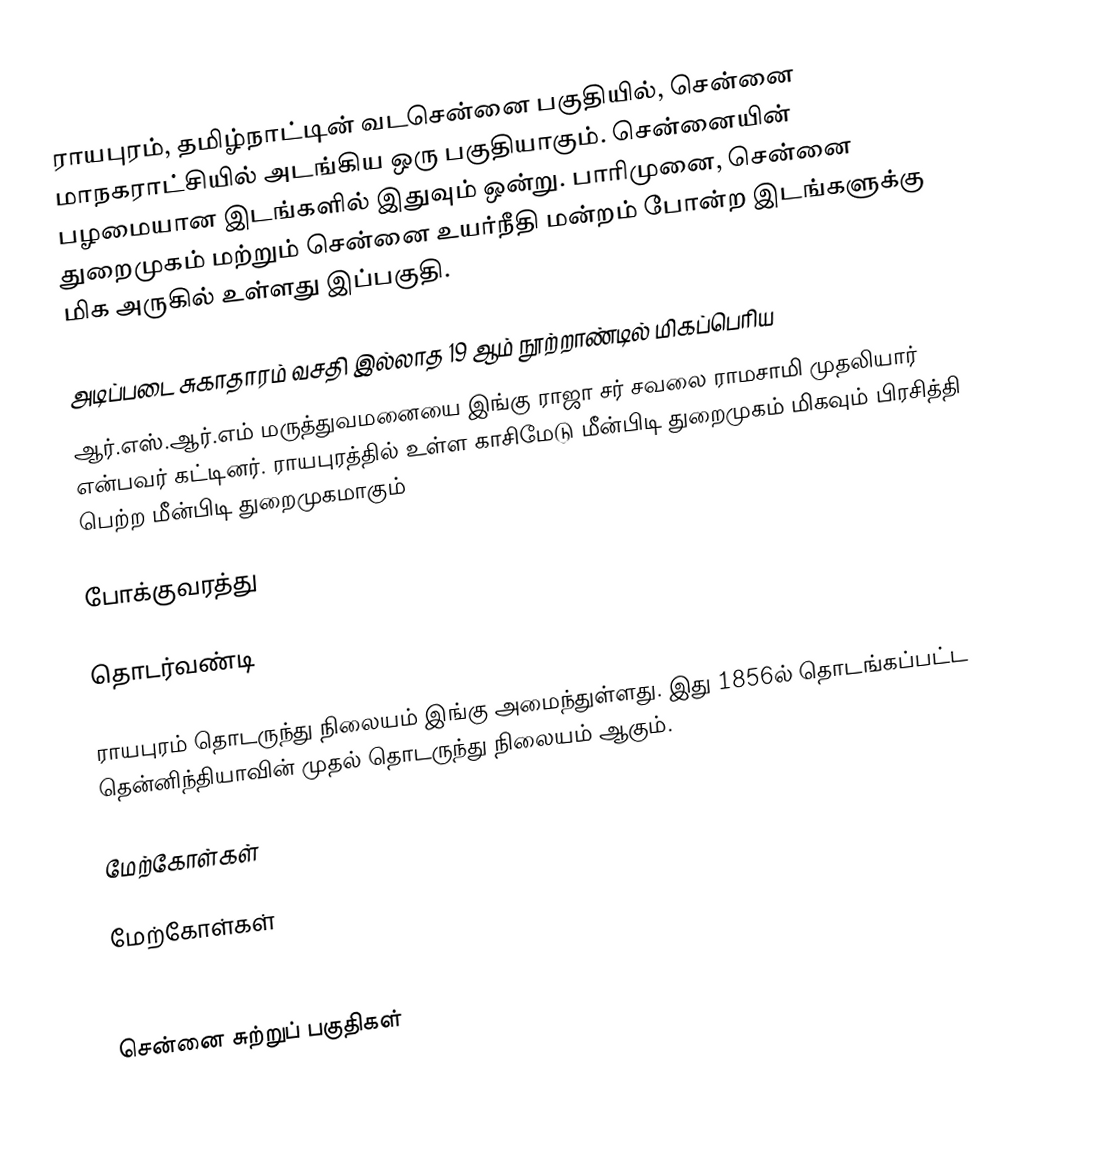
ராயபுரம்,  தமிழ்நாட்டின் வடசென்னை பகுதியில், சென்னை  மாநகராட்சியில் அடங்கிய ஒரு பகுதியாகும். சென்னையின் பழமையான இடங்களில் இதுவும் ஒன்று.  பாரிமுனை, சென்னை துறைமுகம் மற்றும் சென்னை உயர்நீதி மன்றம் போன்ற இடங்களுக்கு மிக அருகில் உள்ளது  இப்பகுதி. 

அடிப்படை சுகாதாரம் வசதி இல்லாத 19 ஆம் நூற்றாண்டில் மிகப்பெரிய
ஆர்.எஸ்.ஆர்.எம் மருத்துவமனையை இங்கு ராஜா சர் சவலை ராமசாமி முதலியார் என்பவர் கட்டினர். ராயபுரத்தில் உள்ள காசிமேடு மீன்பிடி துறைமுகம் மிகவும் பிரசித்தி பெற்ற மீன்பிடி துறைமுகமாகும்

போக்குவரத்து

தொடர்வண்டி

ராயபுரம் தொடருந்து நிலையம் இங்கு அமைந்துள்ளது. இது 1856ல் தொடங்கப்பட்ட தென்னிந்தியாவின் முதல் தொடருந்து நிலையம் ஆகும்.

மேற்கோள்கள்

மேற்கோள்கள்

சென்னை சுற்றுப் பகுதிகள்